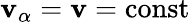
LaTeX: \mathbf{v}_{\alpha}=\mathbf{v}=\mathrm{const}